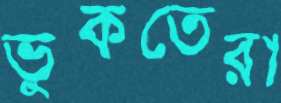
ভুকতেরা